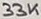
Text: 33K